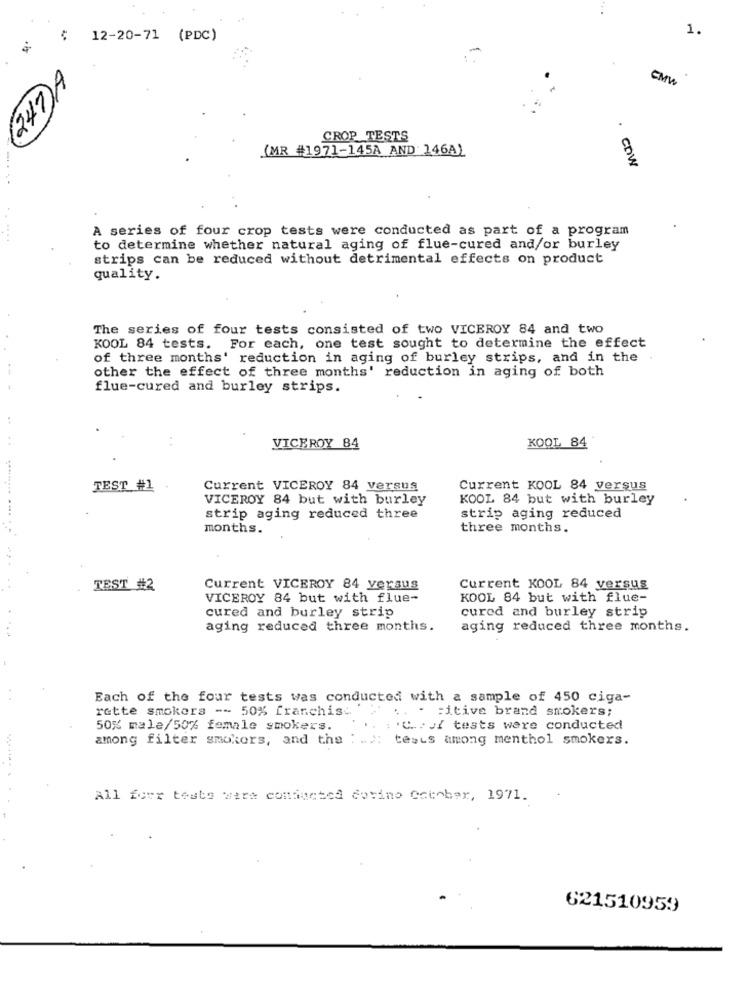
1.
₹ 12-20-71 (PDC)
247)A
CMM
CROP TESTS
(MR #1971-145A AND 146A)
COW
A series of four crop tests were conducted as part of a program
.. ....
to determine whether natural aging of flue-cured and/or burley
strips can be reduced without detrimental effects on product
quality.
The series of four tests consisted of two VICEROY 84 and two
KOOL 84 tests. For each, one test sought to determine the effect
of three months' reduction in aging of burley strips, and in the .
other the effect of three months' reduction in aging of both
flue-cured and burley strips.
KOOL 84
VICEROY 84
TEST #1
Current VICEROY 84 versus
Current KOOL 84 versus
VICEROY 84 but with burley
KOOL 84 but with burley
strip aging reduced three
strip aging reduced
months.
three months.
TEST #2
Current VICEROY 84 versus
Current KOOL 84 versus
VICEROY 84 but with flue-
KOOL 84 but with flue-
cured and burley strip
cured and burley strip
aging reduced three months.
aging reduced three months.
Each of the four tests was conducted with a sample of 450 ciga-
rette smokers -- 50% franchist
.. = itive brand smokers;
50% male/50% female smokers.
: 'C .. . JY tests were conducted
among filter smokors, and the ; ">: tests among menthol smokers.
All forr tests were conducted dovino October, 1971.
621510959